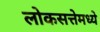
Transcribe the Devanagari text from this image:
लोकसत्तेमध्ये